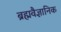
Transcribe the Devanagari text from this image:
ब्रह्मवैज्ञानिक